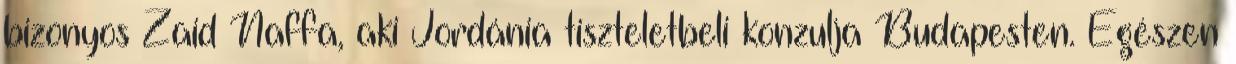
bizonyos Zaid Naffa, aki Jordánia tiszteletbeli konzulja Budapesten. Egészen